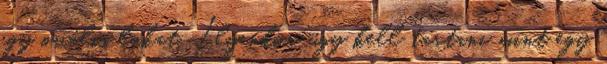
egy ovális lukat. Ilyenkor úgy kell tartani mint egy